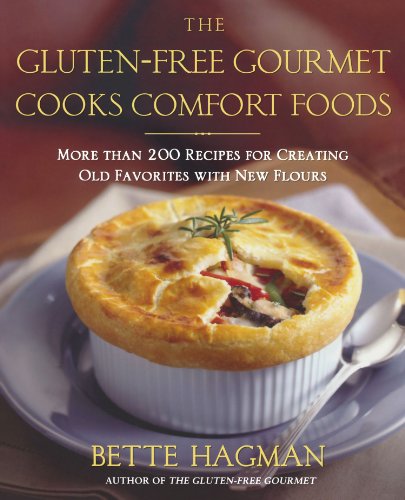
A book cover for The Gluten-Free Gourmet Cooks Comfort Foods: Creating Old Favorites with the New Flours; Bette Hagman; Health, Fitness & Dieting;